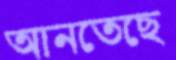
আনতেছে